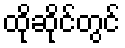
ထိုဆိုင်တွင်